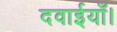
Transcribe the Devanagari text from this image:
दवाईयाँ।